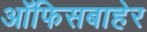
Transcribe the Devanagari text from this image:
ऑफिसबाहेर